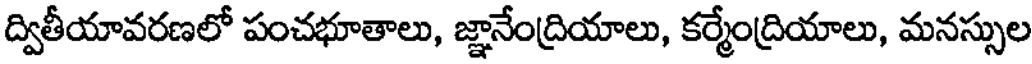
ద్వితీయావరణలో పంచభూతాలు, జ్ఞానేంద్రియాలు, కర్మేంద్రియాలు, మనస్సుల